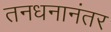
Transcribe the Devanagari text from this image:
तनधनानंतर